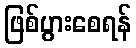
ဖြစ်ပွားစေရန်